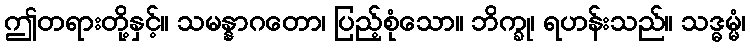
ဤတရားတို့နှင့်။ သမန္နာဂတော၊ ပြည့်စုံသော။ ဘိက္ခု၊ ရဟန်းသည်။ သဒ္ဓမ္မံ၊